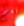
نعم